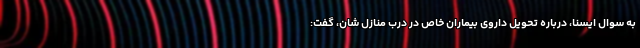
به سوال ایسنا، درباره تحویل داروی بیماران خاص در درب منازل شان، گفت: